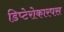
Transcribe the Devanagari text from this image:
डिप्टेरोकारपस